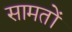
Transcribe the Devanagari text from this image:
सामतों